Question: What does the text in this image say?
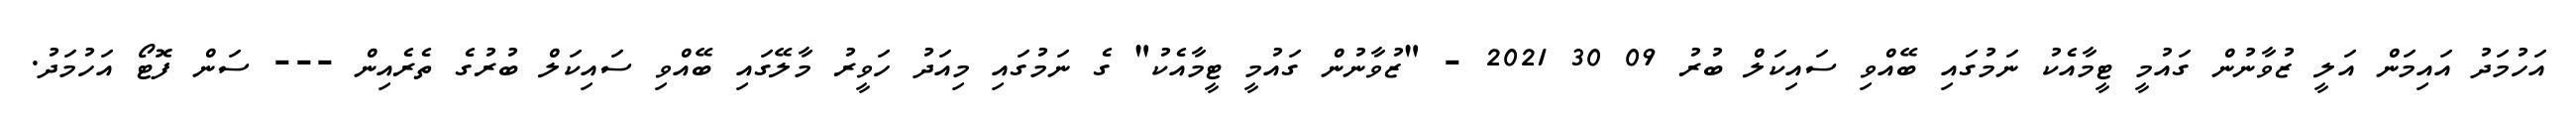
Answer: އަހުމަދު އައިމަން އަލީ ޒުވާނުން ގައުމީ ޓީމާއެކު ނަމުގައި ބޭއްވި ސައިކަލް ބުރު 09 30 2021 - "ޒުވާނުން ގައުމީ ޓީމާއެކު" ގެ ނަމުގައި މިއަދު ހަވީރު މާލޭގައި ބޭއްވި ސައިކަލް ބުރުގެ ތެރެއިން --- ސަން ފޮޓޯ އަހުމަދު.